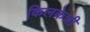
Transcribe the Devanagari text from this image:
किलकेन्नी